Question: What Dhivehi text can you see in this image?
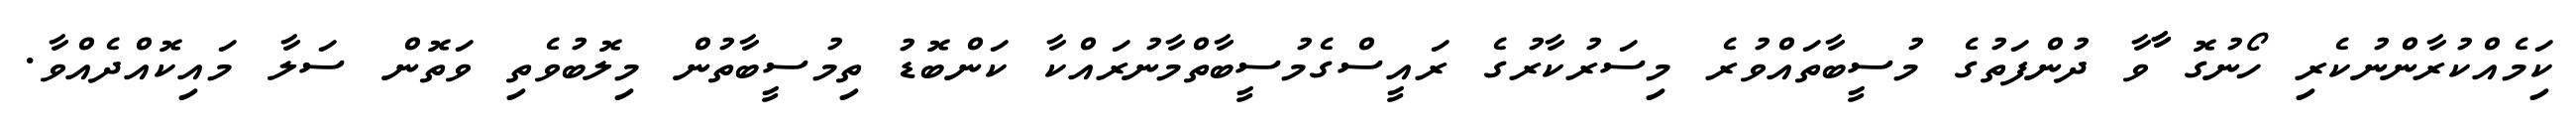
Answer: ކިަމެއްކުރާންނުކެރި ހޯނުގޮ ާާވާ ދުންފަތުގެ މުސީބާތައްވުރެ މިސަރުކާރުގެ ރައީސްގެމުސީބާތްމާނުރައްކާ ކަންބޮޑު ތިމުސީބާތުން މިލޮބުވެތި ވަތޮން ސަލާ މައިކޮއްދެއްވާ.